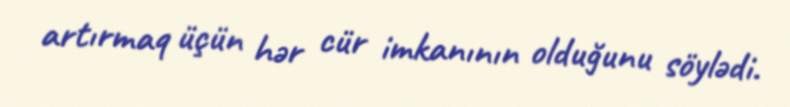
artırmaq üçün hər cür imkanının olduğunu söylədi.